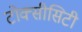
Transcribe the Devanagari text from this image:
टोक्सीसिटी